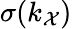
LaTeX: \sigma(k_{\mathcal{X}})